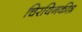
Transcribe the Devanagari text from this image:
चिरयिनकीष़